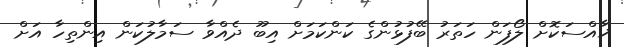
ޚާއްސަކޮށް ލޯފަން ހަތަރު ބޭފުޅުންގެ ކަންކަމަށް އިބޫ ދެއްވާ ސަމާލުކަން އިންތިހާ އަށް